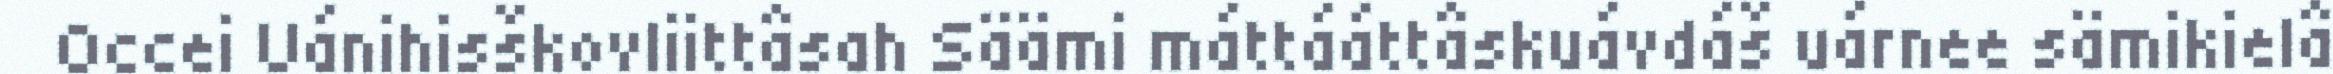
Occei Uánihisškovliittâsah Säämi máttááttâskuávdáš uárnee sämikielâ